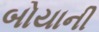
બોયાની